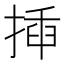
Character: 揷